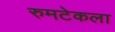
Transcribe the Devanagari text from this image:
रुमटेकला